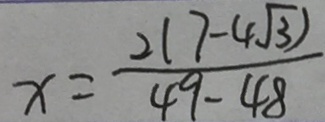
x = \frac { 2 ( 7 - 4 \sqrt { 3 } ) } { 4 9 - 4 8 }